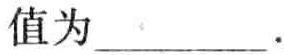
值为\underline{\qquad}.